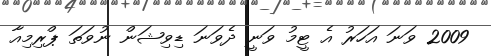
2009 ވަނަ އަހަރު އެ ޓީމު ވަނީ ދެވަނަ ޑިވިޝަން ނުވަތަ ޕްރިމިއާ